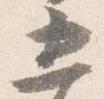
五